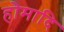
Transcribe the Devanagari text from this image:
होमादि